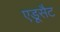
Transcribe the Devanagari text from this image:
एडूसैट